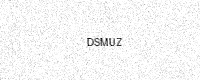
Text: DSMUZ